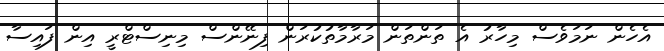
އެހެން ނަމަވެސް މިހާރު އެ ތަންތަން މަރާމާތުކުރަން ފިނޭންސް މިނިސްޓްރީ އިން ފައިސާ